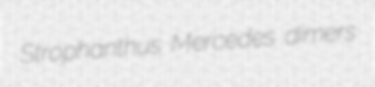
Strophanthus Mercedes dimers